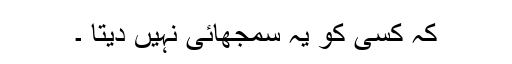
کہ کسی کو یہ سمجھائی نہیں دیتا ۔